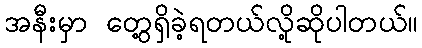
အနီးမှာ တွေ့ရှိခဲ့ရတယ်လို့ဆိုပါတယ်။